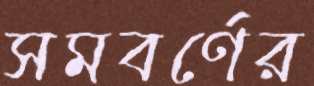
সমবর্ণের